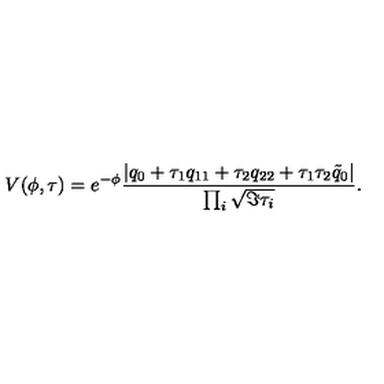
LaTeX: V ( \phi , \tau ) = e ^ { - \phi } { \frac { | q _ { 0 } + \tau _ { 1 } q _ { 1 1 } + \tau _ { 2 } q _ { 2 2 } + \tau _ { 1 } \tau _ { 2 } \tilde { q } _ { 0 } | } { \prod _ { i } \sqrt { \Im \tau _ { i } } } } .